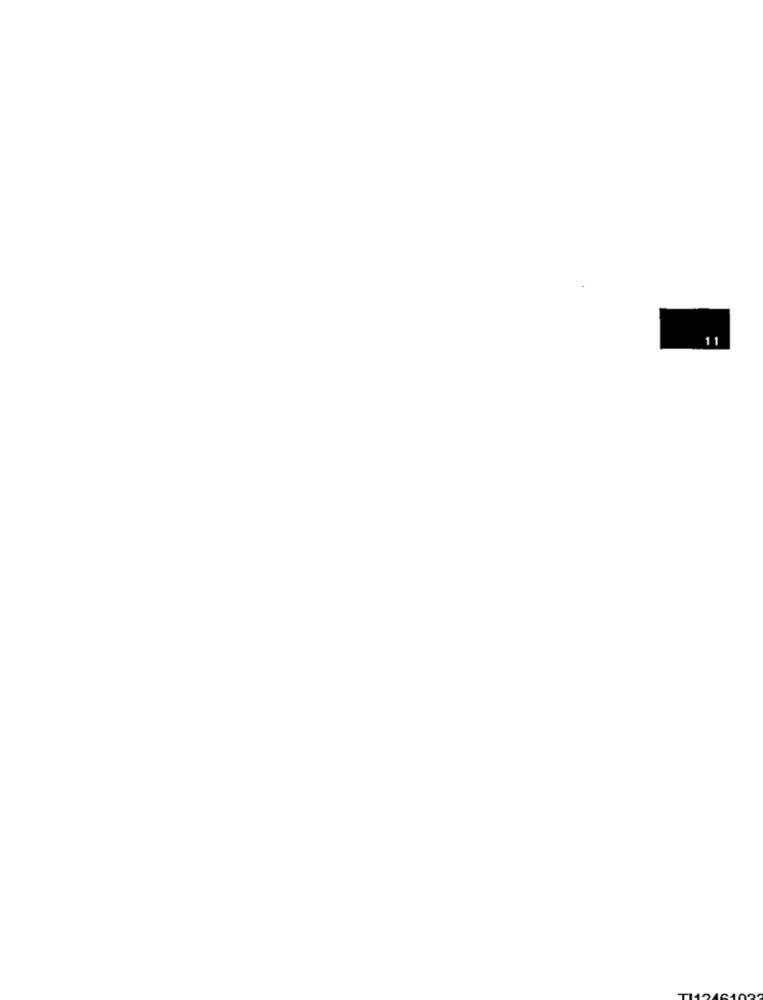
11